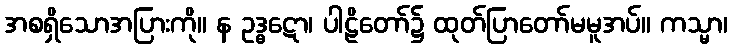
အစရှိသောအပြားကို။ န ဥဒ္ဓဋော၊ ပါဠိတော်၌ ထုတ်ပြာတော်မမူအပ်။ ကသ္မာ၊